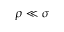
\rho \ll \sigma